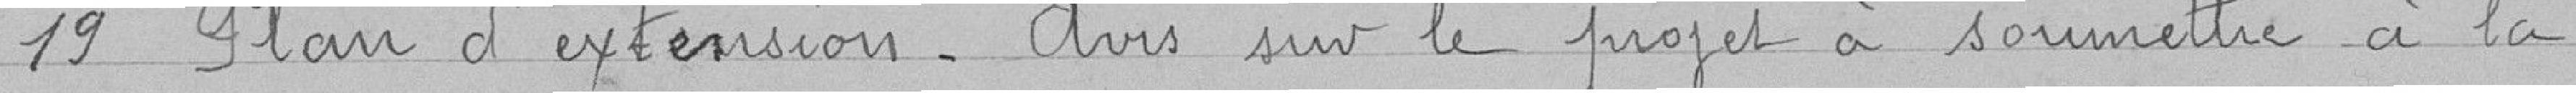
19 Plan d'extension. Avis sur le projet à soumettre à la